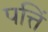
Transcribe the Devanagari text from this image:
पत्तिं